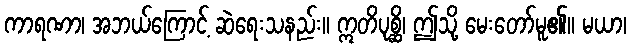
ကာရဏာ၊ အဘယ်ကြောင့် ဆဲရေးသနည်း။ ဣတိပုစ္ဆိ၊ ဤသို့ မေးတော်မူ၏။ မယာ၊